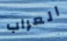
العراب